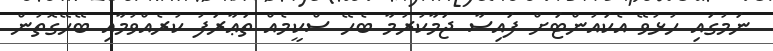
ނަމުގައި ހުޅުވޭ އެކައުންޓަށް ފައިސާ ޖަމާކުރުމާ ބެހޭ ސްކީމެއް ތަޢާރަފު ކުރެއްވުމާއި ބޭހޭގޮތުން